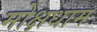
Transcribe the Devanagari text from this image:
मोक्षधाम